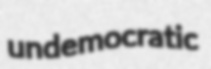
undemocratic